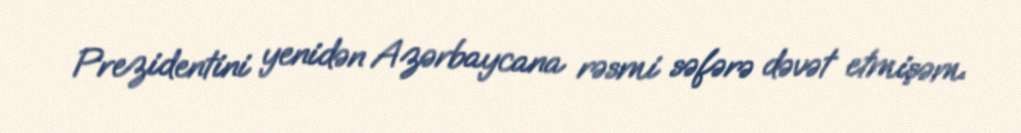
Prezidentini yenidən Azərbaycana rəsmi səfərə dəvət etmişəm.